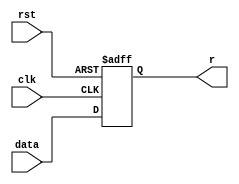
`timescale 1ns / 1ps

module register3b (r, rst, data, clk);
	output reg [2:0] r;
	input rst,clk;
	input [2:0] data;
    
    always @(posedge clk or negedge rst)
    begin
      if (rst==0)
	       begin
 	        r[2:0]= 3'b0;
         end
      else
        begin
          r[2:0]=data[2:0];
        end
    end
  
endmodule